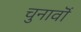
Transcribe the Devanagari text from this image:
चुनावॊं